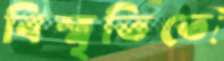
বিস্মৃতিতে